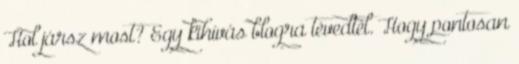
Hol jársz most? Egy kihívás blogra tévedtél. Hogy pontosan